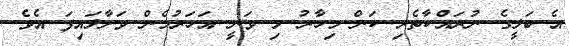
އެ ބަލީގެ ނުރައްކާތެރި ކަން މިހާރު މި ވަނީ އަހަރުމެން ވަށާލައިފަ އެވެ.